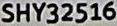
SHY32516